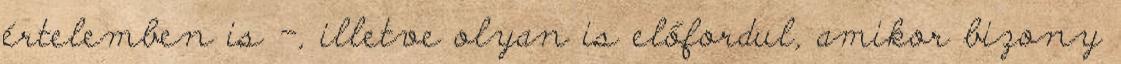
értelemben is -, illetve olyan is előfordul, amikor bizony